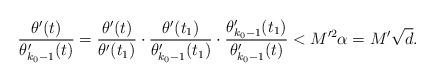
LaTeX: \begin{align*} \frac{\theta'(t)}{\theta_{k_0-1}'(t)}=\frac{\theta'(t)}{\theta'(t_1)}\cdot \frac{\theta'(t_1)}{\theta_{k_0-1}'(t_1)} \cdot \frac{\theta_{k_0-1}'(t_1)}{\theta_{k_0-1}'(t)}< M'^2\alpha=M'\sqrt{d}. \end{align*}